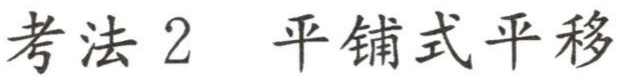
考法 2  平铺式平移